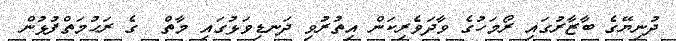
ދުނިޔޭގެ ބާޒާރުގައި ރޯމަހުގެ ވާދަވެރިކަން އިތުރުވި ދަނޑިވަޅުގައި މާތް  ގެ ރަޙުމަތްފުޅުން